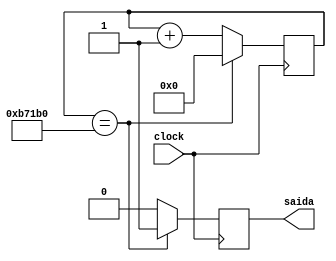
module Velocidade6(input clock,output reg saida);
reg [22:0] contador;
initial contador=0;

always @(posedge clock)
begin
	if(contador==750000)
	begin
		saida<=1;
		contador<=0;
	end
	else
	begin	
		saida<=0;
		contador<=contador+1;
	end
end



endmodule